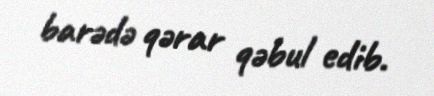
barədə qərar qəbul edib.